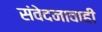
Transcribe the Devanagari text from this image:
संवेदनावाही